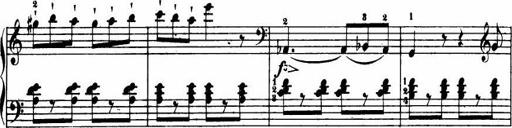
Title: Le bouquetier
Composer: Anton Diabelli
Key: G major
 C major
 F major
 C major